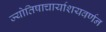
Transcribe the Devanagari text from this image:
ज्योतिषाचार्याशयवर्णन